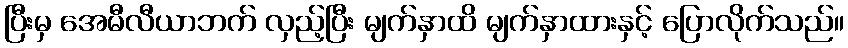
ပြီးမှ အေမီလီယာဘက် လှည့်ပြီး မျက်နှာထိ မျက်နှာထားနှင့် ပြောလိုက်သည်။